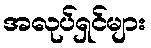
အလုပ်ရှင်များ